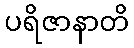
ပရိဇာနာတိ